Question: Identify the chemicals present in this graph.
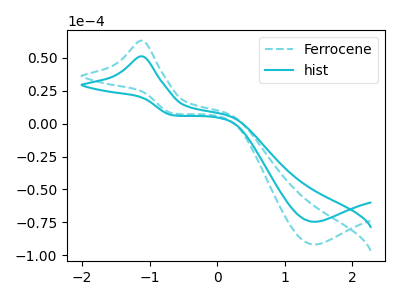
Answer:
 <answer>The cyan dashed curve is labeled "Ferrocene". The cyan curve is labeled "hist".</answer>
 <eval></eval>